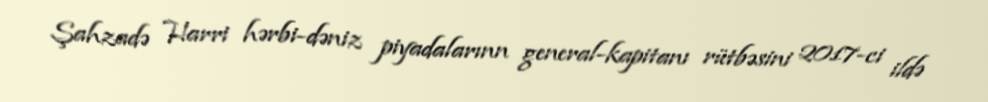
Şahzadə Harri hərbi-dəniz piyadalarınn general-kapitanı rütbəsini 2017-ci ildə